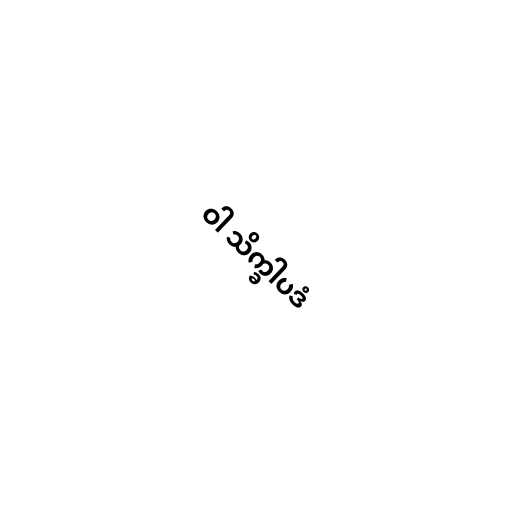
ဝါ သိက္ခါပဒံ